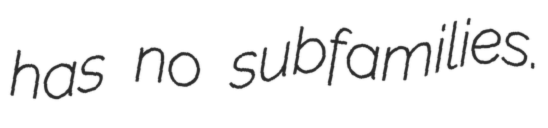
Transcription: has no subfamilies.